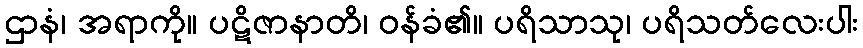
ဌာနံ၊ အရာကို။ ပဋိဇာနာတိ၊ ဝန်ခံ၏။ ပရိသာသု၊ ပရိသတ်လေးပါး